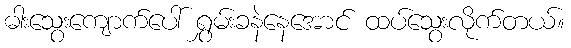
ဓါးသွေးကျောက်ပေါ် ရွှမ်းခနဲနေအောင် ထပ်သွေးလိုက်တယ်။